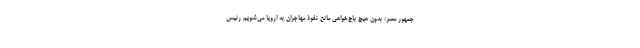
جمهور مصر: بدون هیچ باج‌خواهی مانع نفوذ مهاجران به اروپا می‌شویم رئیس